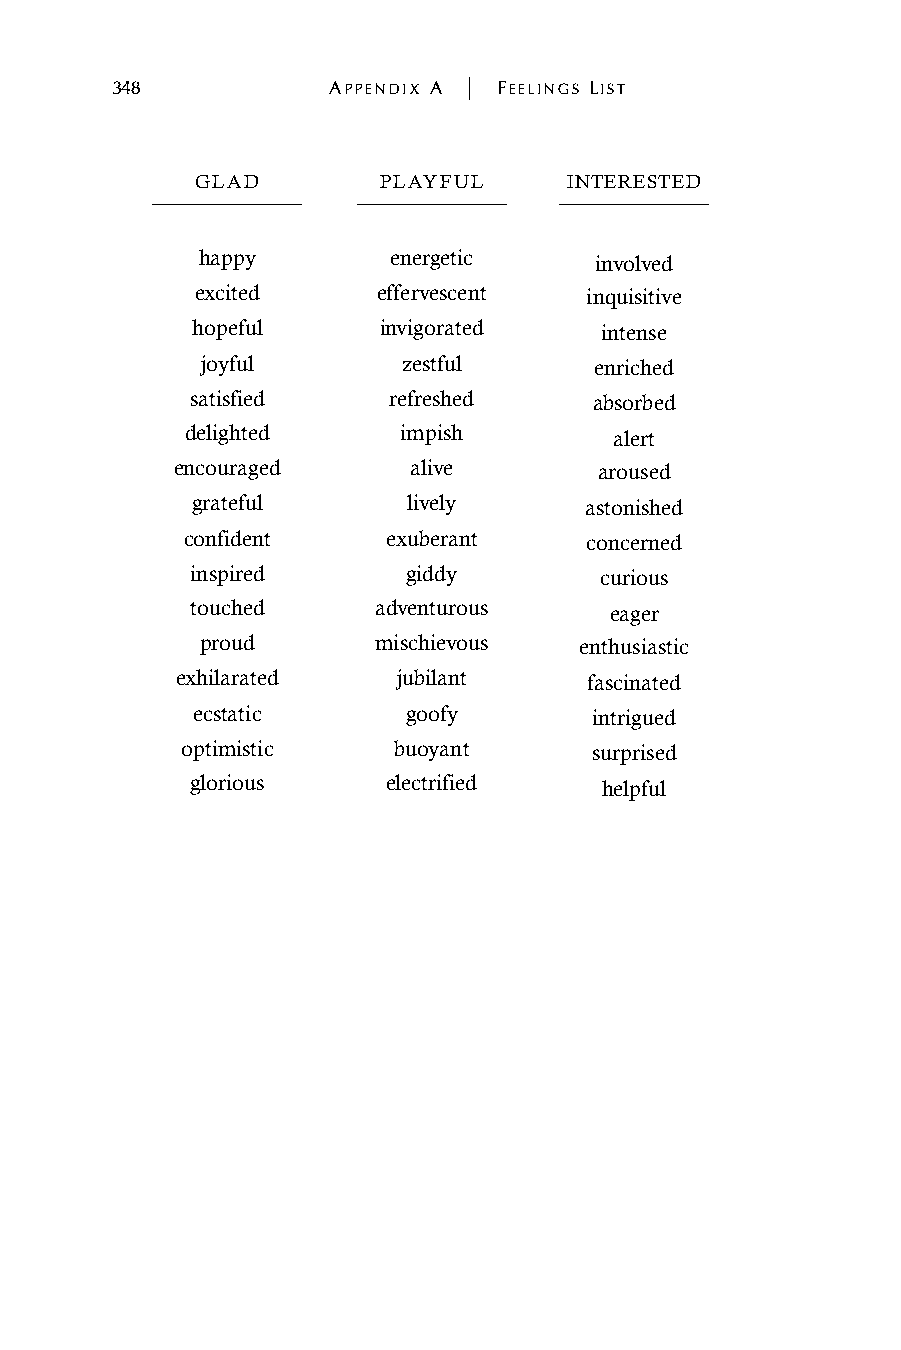
348            APPENDIX A | FEELINGS LIST
 GLAD        PLAYFUL      INTERESTED
 happy        energetic    involved
 excited     effervescent  inquisitive
 hopeful     invigorated    intense
 joyful        zestful     enriched
 satisfied    refreshed    absorbed
 delighted     impish         alert
 encouraged     alive        aroused
 grateful      lively      astonished
 confident     exuberant    concerned
 inspired      giddy        curious
 touched     adventurous    eager
 proud       mischievous  enthusiastic
 exhilarated   jubilant     fascinated
 ecstatic      goofy       intrigued
 optimistic    buoyant      surprised
 glorious     electrified   helpful